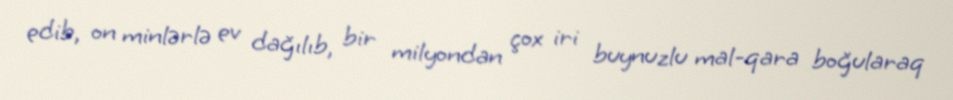
edib, on minlərlə ev dağılıb, bir milyondan çox iri buynuzlu mal-qara boğularaq